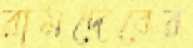
রামদেবের